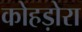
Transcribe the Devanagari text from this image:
कोहड़ोरा